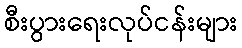
စီးပွားရေးလုပ်ငန်းများ